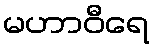
မဟာဝီရေ